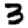
Digit: 3